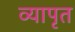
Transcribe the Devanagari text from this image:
व्यापृत